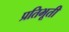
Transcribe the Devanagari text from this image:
प्रतिभूती